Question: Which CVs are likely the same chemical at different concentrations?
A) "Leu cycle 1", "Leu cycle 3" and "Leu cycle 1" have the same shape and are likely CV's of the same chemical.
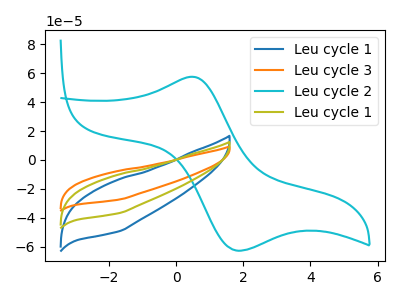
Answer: <think>The blue curve "Leu cycle 1" has no peaks. The orange curve "Leu cycle 3" has no peaks. The cyan curve "Leu cycle 2" has an anodic peak at (0.50V, 57.40uA) and a cathodic peak at (1.80V, -62.50uA). The olive curve "Leu cycle 1" has no peaks.
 Neither "Leu cycle 1" or "Leu cycle 3" have any peaks. "Leu cycle 1" and "Leu cycle 2" have a different number of peaks. Neither "Leu cycle 1" or "Leu cycle 1" have any peaks. "Leu cycle 3" and "Leu cycle 2" have a different number of peaks. Neither "Leu cycle 3" or "Leu cycle 1" have any peaks. "Leu cycle 2" and "Leu cycle 1" have a different number of peaks.</think>
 <answer>A) "Leu cycle 1", "Leu cycle 3" and "Leu cycle 1" have the same shape and are likely CV's of the same chemical.</answer>
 <eval>A</eval>